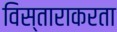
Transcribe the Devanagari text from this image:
विस्ताराकरता